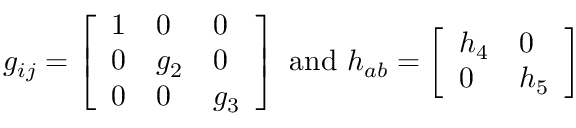
g _ { i j } = \left[ \begin{array} { l l l } { { 1 } } & { { 0 } } & { { 0 } } \\ { { 0 } } & { { g _ { 2 } } } & { { 0 } } \\ { { 0 } } & { { 0 } } & { { g _ { 3 } } } \end{array} \right] \mathrm { ~ a n d ~ } h _ { a b } = \left[ \begin{array} { l l } { { h _ { 4 } } } & { { 0 } } \\ { { 0 } } & { { h _ { 5 } } } \end{array} \right]